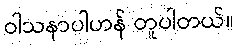
ဝါသနာပါဟန် တူပါတယ်။